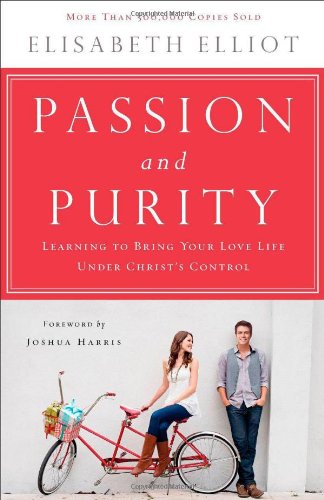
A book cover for Passion and Purity: Learning to Bring Your Love Life Under Christ's Control; Elisabeth Elliot; Parenting & Relationships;